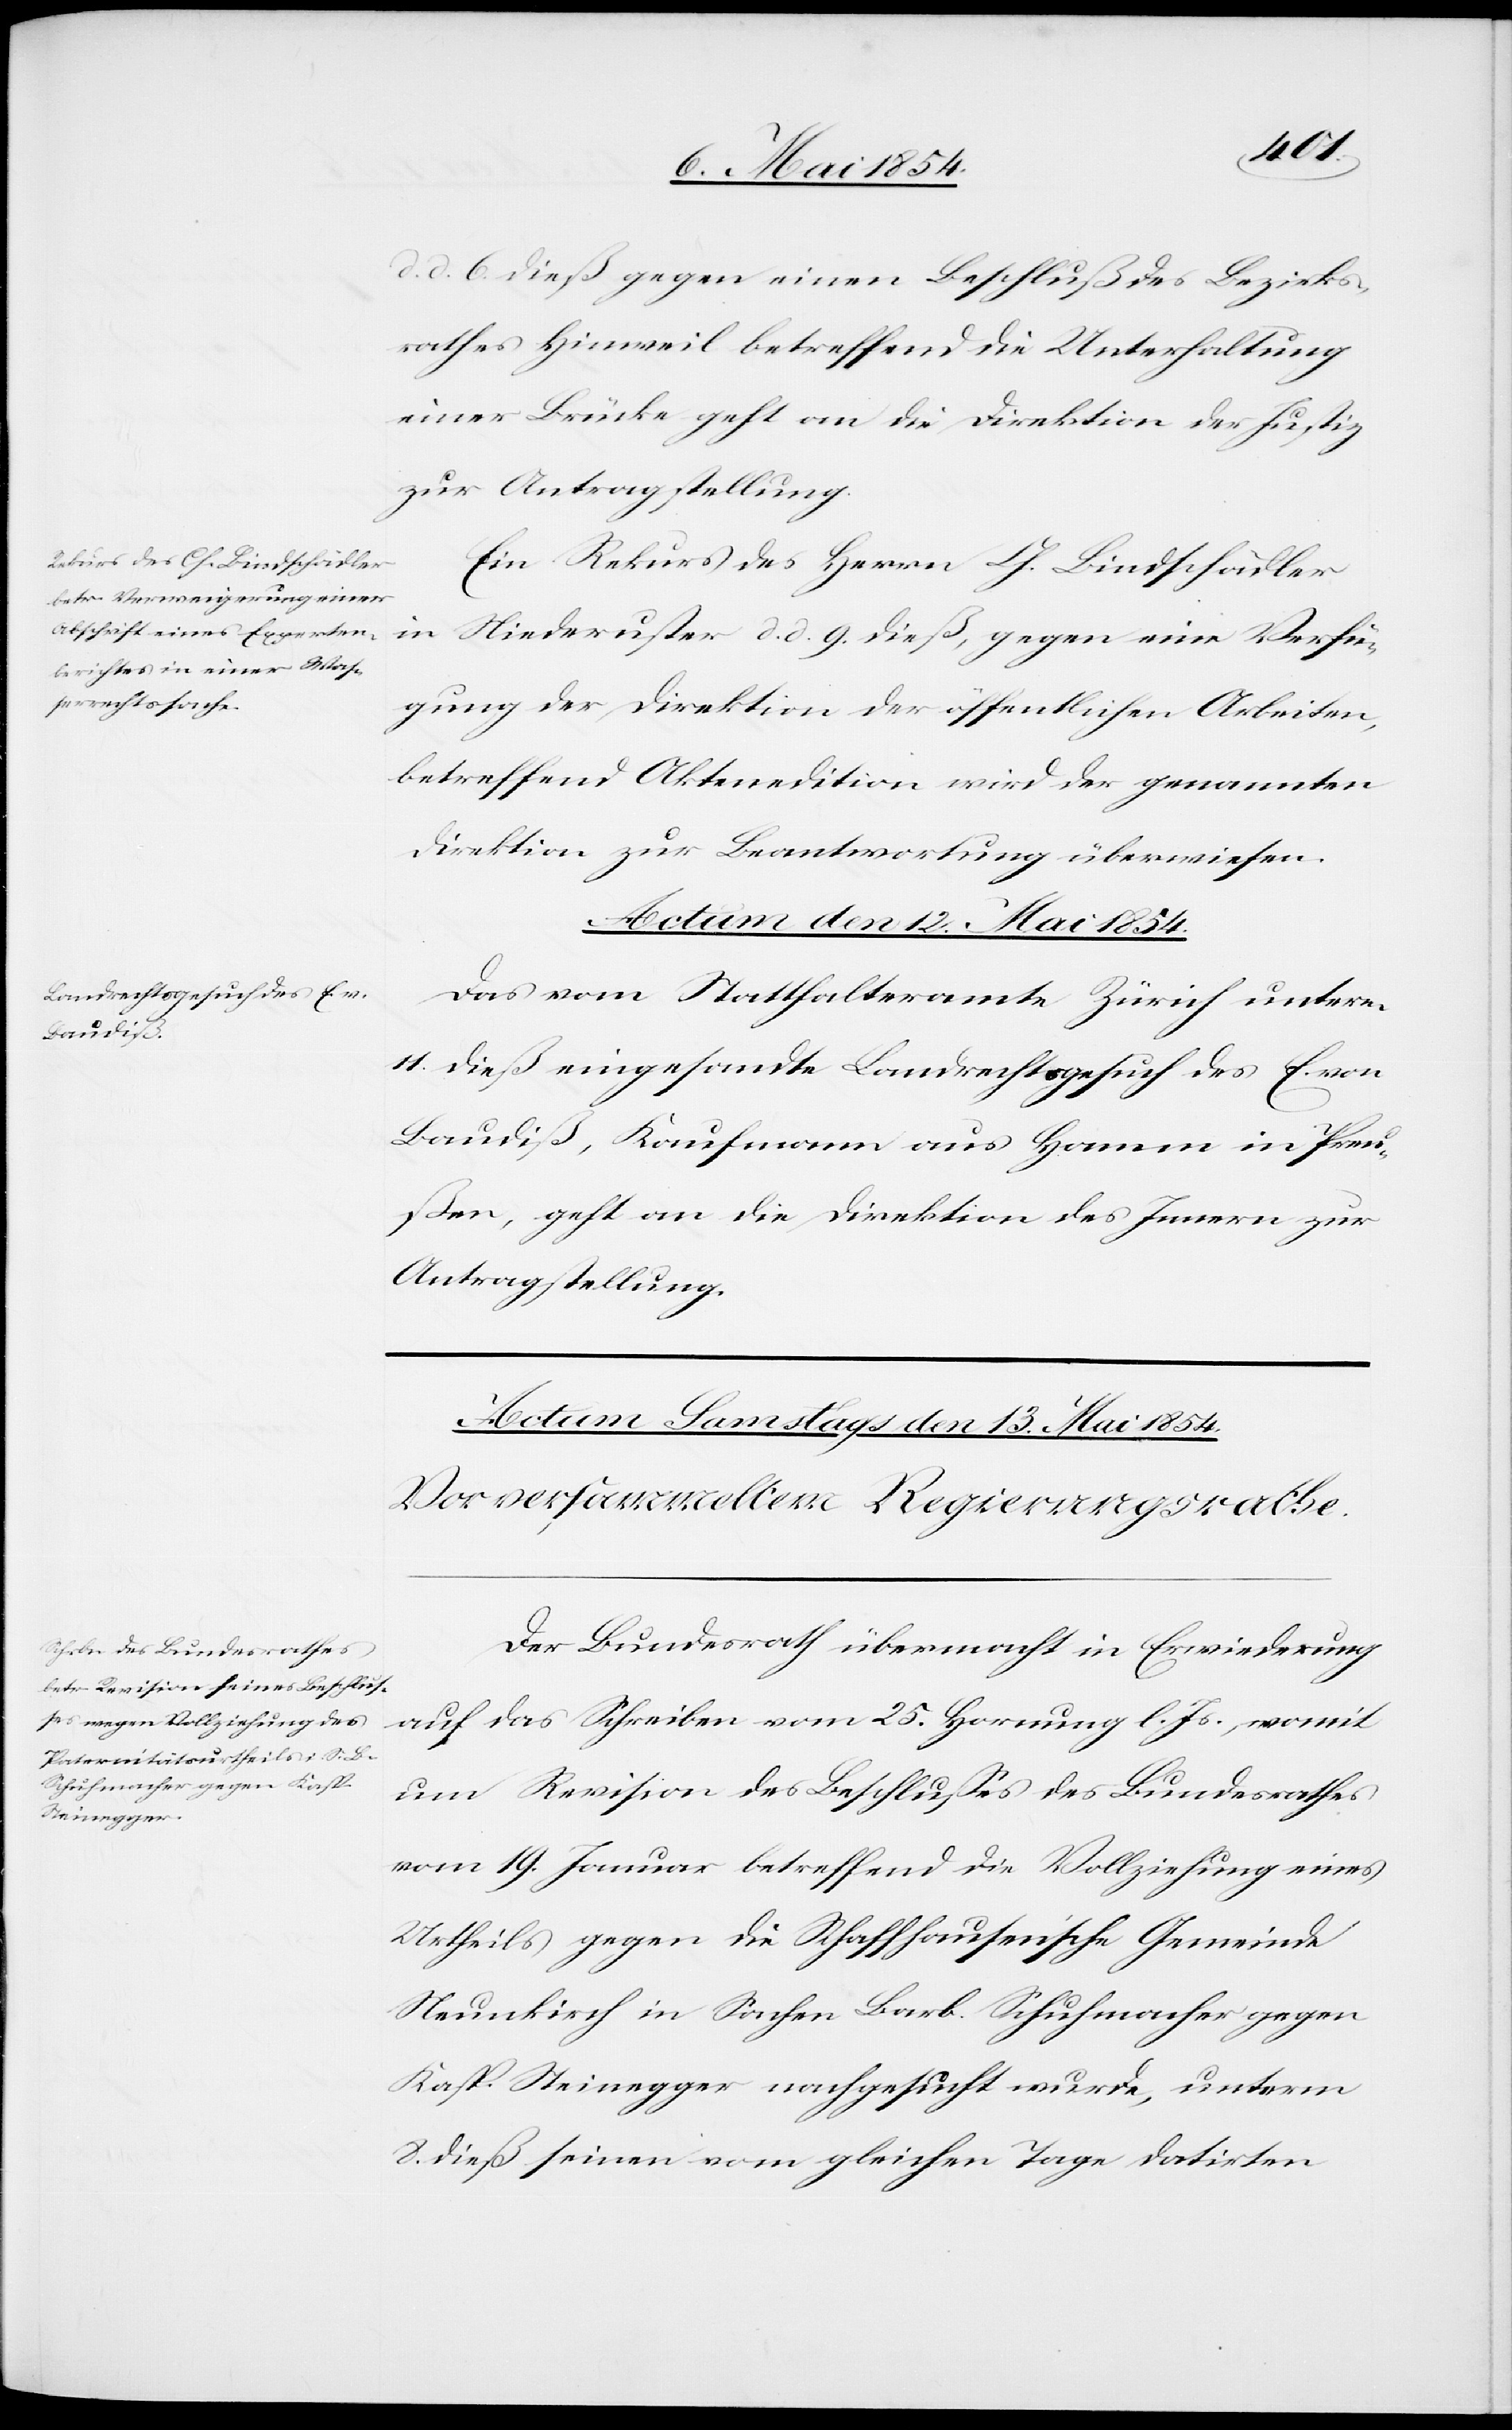
d. 6. dieß gegen einen Beschluß des Bezirks¬
rathes Hinweil betreffend Unterhaltung
einer Brücke geht an die Direktion der Justiz
zur Antragstellung.
Ein Rekurs des Herrn Ch. Bindschädler
in Niederuster d. d. 9. dieß, gegen eine Verfü¬
gung der Direktion der öffentlichen Arbeiten,
betreffend Aktenedition wird der genannten
Direktion zur Beantwortung überwiesen.
Actum den 12. Mai 1854.
Das vom Statthalteramte Zürich unterm
11. dieß eingesandte Landrechtsgesuch des E. von
Baudiß, Kaufmann aus Hamm in Preu¬
ßen, geht an die Direktion des Innern zur
Antragstellung.
Der Bundesrath übermacht in Erwiederung
auf das Schreiben vom 25. Hornung l. Js., womit
um Revision des Beschlußes des Bundesrathes
vom 19. Januar betreffend die Vollziehung eines
Urtheils gegen die Schaffhauserische Gemeinde
Neunkirch in Sachen Barb. Schuhmacher gegen
Kasp. Steinegger nachgesucht wurde, unterm
8. dieß seinen vom gleichen Tage datirten